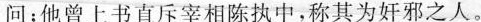
问；他曾上书直斥宰相陈执中，称其为奸邪之人。